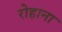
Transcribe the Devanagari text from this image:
रोहाना